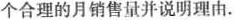
个合理的月销售量并说明理由.